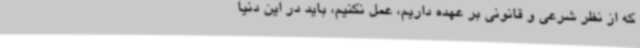
که از نظر شرعی و قانونی بر عهده داریم، عمل نکنیم، باید در این دنیا